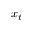
x _ { t }